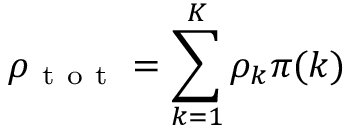
\rho _ { \mathrm { ~ t ~ o ~ t ~ } } = \sum _ { k = 1 } ^ { { K } } \rho _ { k } \pi ( k )